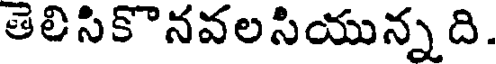
తెలిసికొనవలసియున్నది.